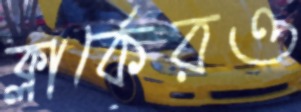
ক্লার্কেরও